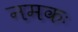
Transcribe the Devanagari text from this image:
नमकः